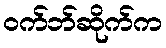
ဝက်ဘ်ဆိုက်က